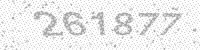
Solution: 261877